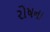
રોષના